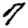
Digit: 7